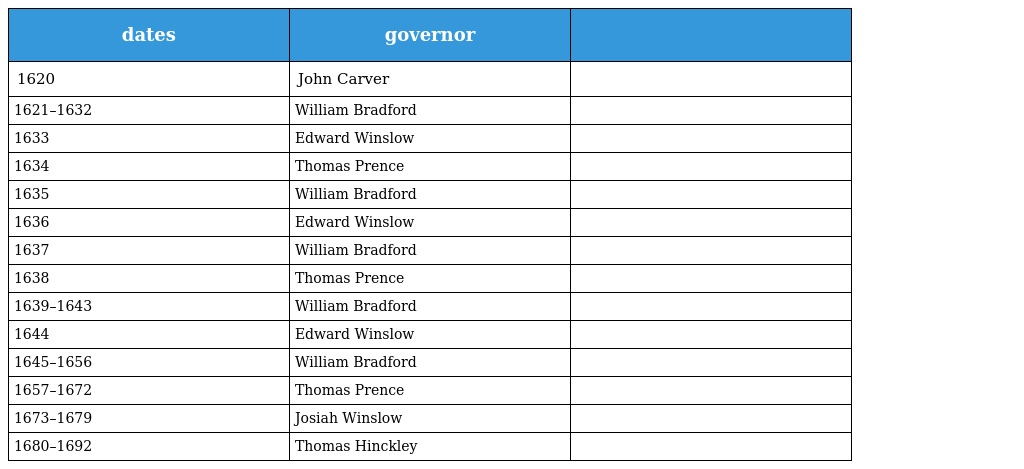
| dates | governor |  |
 | --- | --- | --- |
 | 1620 | John Carver |  |
 | 1621–1632 | William Bradford |  |
 | 1633 | Edward Winslow |  |
 | 1634 | Thomas Prence |  |
 | 1635 | William Bradford |  |
 | 1636 | Edward Winslow |  |
 | 1637 | William Bradford |  |
 | 1638 | Thomas Prence |  |
 | 1639–1643 | William Bradford |  |
 | 1644 | Edward Winslow |  |
 | 1645–1656 | William Bradford |  |
 | 1657–1672 | Thomas Prence |  |
 | 1673–1679 | Josiah Winslow |  |
 | 1680–1692 | Thomas Hinckley |  |